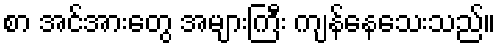
စာ အင်အားတွေ အများကြီး ကျန်နေသေးသည်။